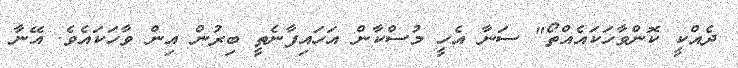
ދެއްކީ ކޮންވާހަކައެއްތޯ" ސަނާ އެހީ މުސްކާން އަހައިފާނެތީ ބިރުން އިން ވާހަކައެވެ. އޭނާ